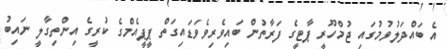
އެ ބައްދަލުވުމުގައި ޖުމްހޫރީ ޕާޓީގެ ފަރާތުން ބައިވެރިވެވަޑައިގަތް ޕީޕީއެމްގެ ކުރީގެ އިންތިގާލީ ނައިބު